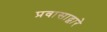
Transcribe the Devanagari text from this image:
प्रवासाद्वारे